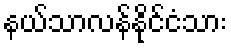
နယ်သာလန်နိုင်ငံသား